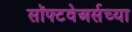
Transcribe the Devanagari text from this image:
सॉफ्टवेअर्सच्या